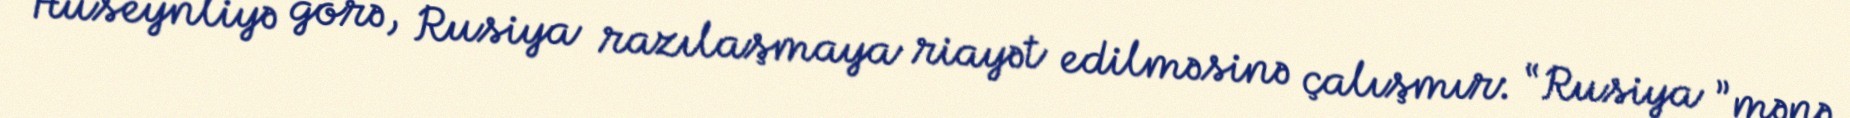
Hüseynliyə görə, Rusiya razılaşmaya riayət edilməsinə çalışmır: “Rusiya ”mənə